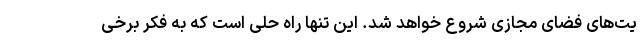
یت‌های فضای مجازی شروع خواهد شد. این تنها راه حلی است که به فکر برخی